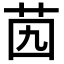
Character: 𦭉